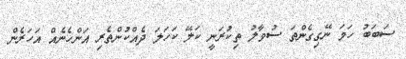
ސަބަބު ހަމަ ނޭގިގެންތަ ސުވާލު ތިކުރަނީ ކަލޭ ކަހަލަ ދެއްކުންތެރި އަންހެނެއް އަހަރެން